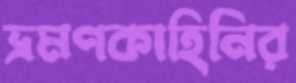
ভ্রমণকাহিনির